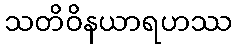
သတိဝိနယာရဟဿ